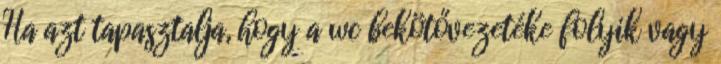
Ha azt tapasztalja, hogy a wc bekötővezetéke folyik vagy